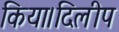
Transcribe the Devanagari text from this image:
किया।दिलीप